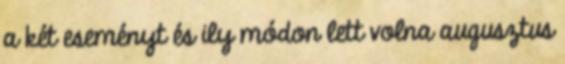
a két eseményt és ily módon lett volna augusztus